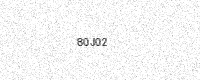
Text: 80J02